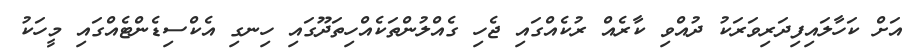
އަށް ކަހާލައިފިދަރިވަރަކު ދުއްވި ކާރެއް ރުކެއްގައި ޖެހި ގެއްލުންތަކެއްހިތަދޫގައި ހިނގި އެކްސިޑެންޓެއްގައި މީހަކު